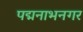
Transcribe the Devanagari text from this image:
पद्मनाभनगर